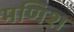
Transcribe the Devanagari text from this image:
मणिश